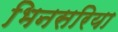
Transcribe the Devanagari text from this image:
भिनसरिया